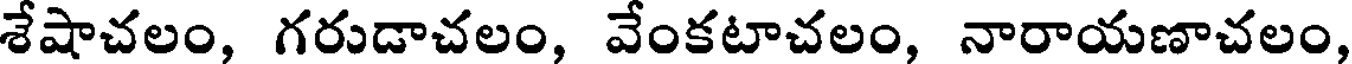
శేషాచలం, గరుడాచలం, వేంకటాచలం, నారాయణాచలం,